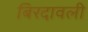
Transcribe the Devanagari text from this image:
बिरदावली